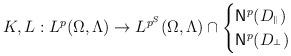
LaTeX: \begin{align*}K,L:L^p(\Omega,\Lambda)\to L^{p^S}(\Omega,\Lambda)\cap \begin{cases}{\rm{\sf N}}^p(D_{{}^\Vert})\\{\rm{\sf N}}^p(D_{{}^\bot})\end{cases}\end{align*}